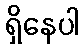
ရှိနေပါ